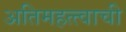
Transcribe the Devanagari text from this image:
अतिमहत्त्वाची